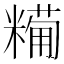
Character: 𥼓